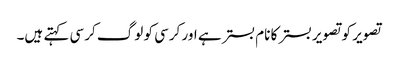
تصویر کو تصویر بستر کا نام بستر ہے اور کرسی کو لوگ کرسی کہتے ہیں۔